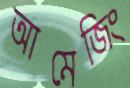
আমেজিং